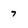
Character: 7